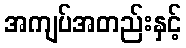
အကျပ်အတည်းနှင့်